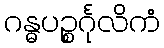
ဂန္ဓပဉ္စင်္ဂုလိကံ